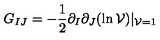
G _ { I J } = - { \frac { 1 } { 2 } } \partial _ { I } \partial _ { J } ( \ln { \cal V } ) | _ { { \cal V } = 1 }